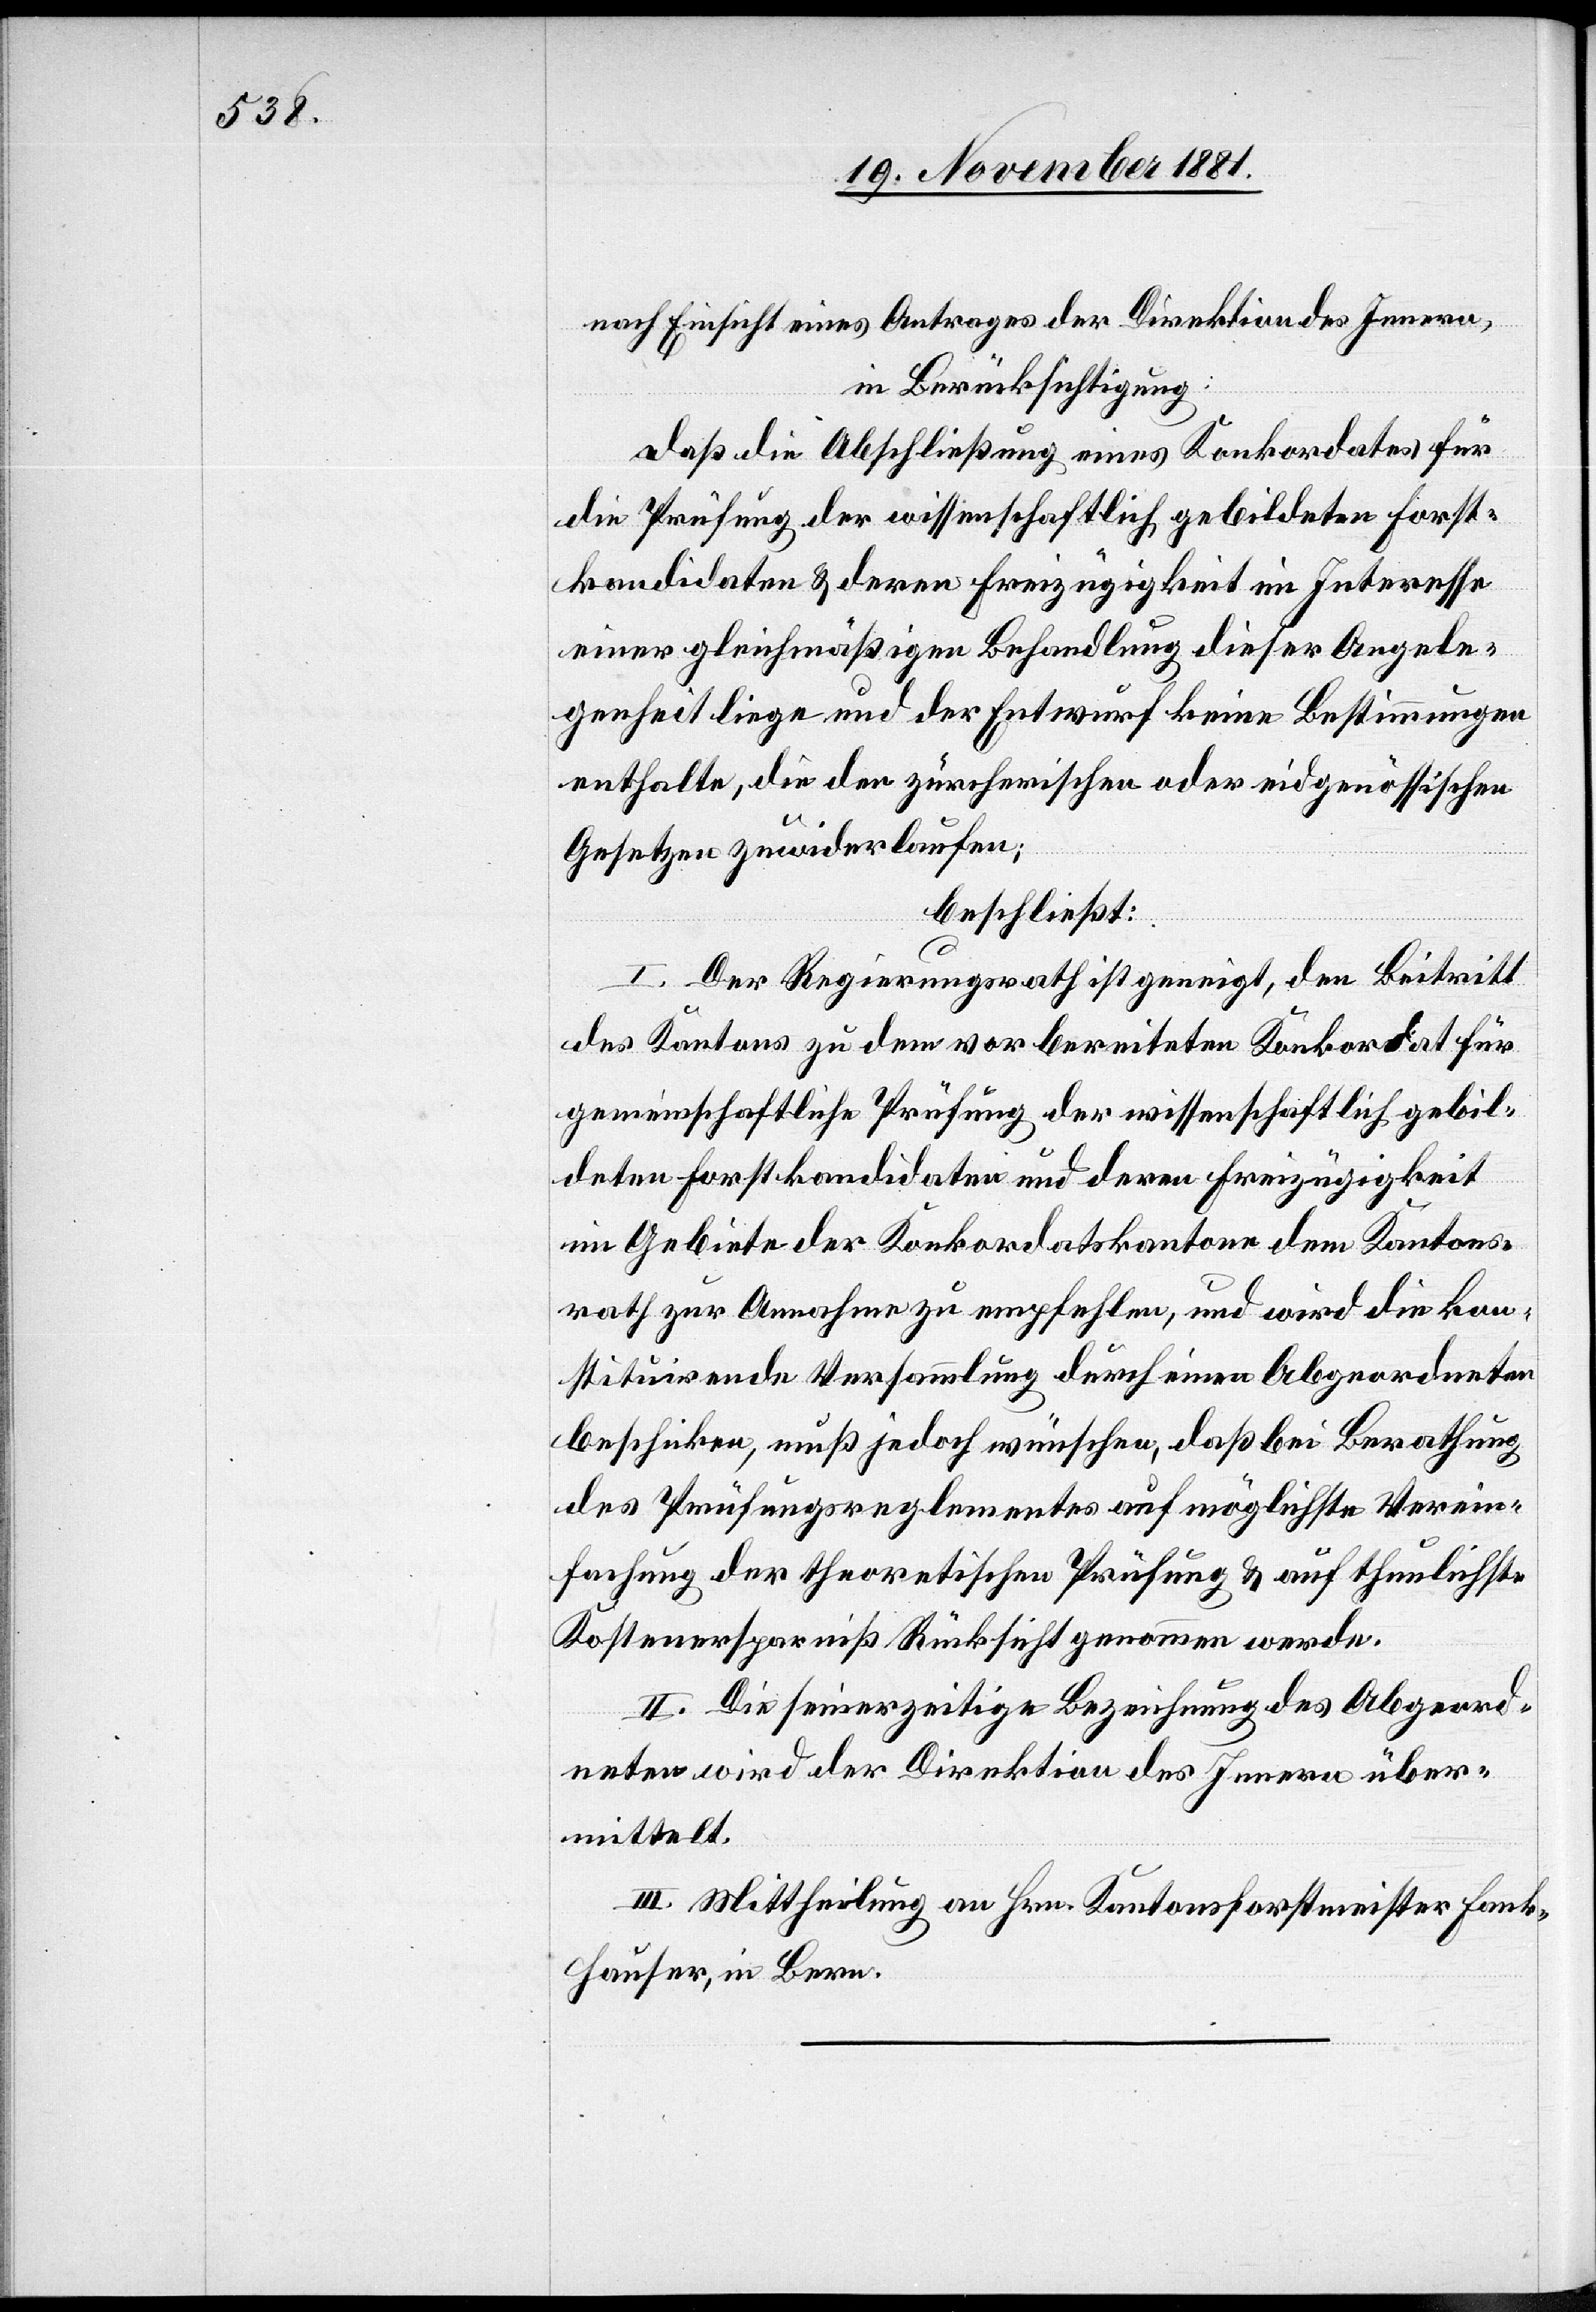
nach Einsicht eines Antrages der Direktion des Innern,
in Berücksichtigung:
daß die Abschließung eines Konkordates für
die Prüfung der wissenschaftlich gebildeten Forst¬
kandidaten & deren Freizügigkeit im Interesse
einer gleichmäßigen Behandlung dieser Angele¬
genheit liege und der Entwurf keine Bestimmungen
enthalte, die den zürcherischen oder eidgenössischen
Gesetzen zuwiderlaufen;
beschließt:
I. Der Regierungsrath ist geneigt, den Beitritt
des Kantons zur dem vorbereiteten Konkordat für
gemeinschaftliche Prüfung der wissenschaftlich gebil¬
deten Forstkandidaten und deren Freizügigkeit
im Gebiete der Konkordatskantone dem Kantons¬
rath zur Annahme zu empfehlen, und wird die kon¬
stituirende Versammlung durch einen Abgeordneten
beschicken, muß jedoch wünschen, daß bei Berathung
des Prüfungsreglementes auf möglichste Verein¬
fachung der theoretischen Prüfung & auf thunlichste
Kostenersparniß Rücksicht genommen werde.
II. Die seinerzeitige Bezeichnung des Abgeord¬
neten wird der Direktion des Innern über¬
mittelt.
III. Mittheilung an Hrn. Kantonsforstmeister Fank¬
hauser, in Bern.